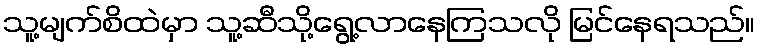
သူ့မျက်စိထဲမှာ သူ့ဆီသို့ရွေ့လာနေကြသလို မြင်နေရသည်။